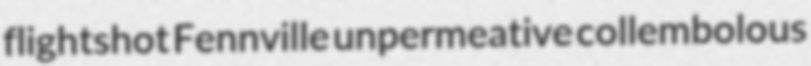
flightshot Fennville unpermeative collembolous